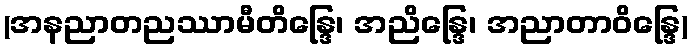
(အနညာတညဿာမီတိန္ဒြေ၊ အညိန္ဒြေ၊ အညာတာဝိန္ဒြေ)